Indian journal of veterinary science and animal husbandry - Volume 7,
Year: 1937
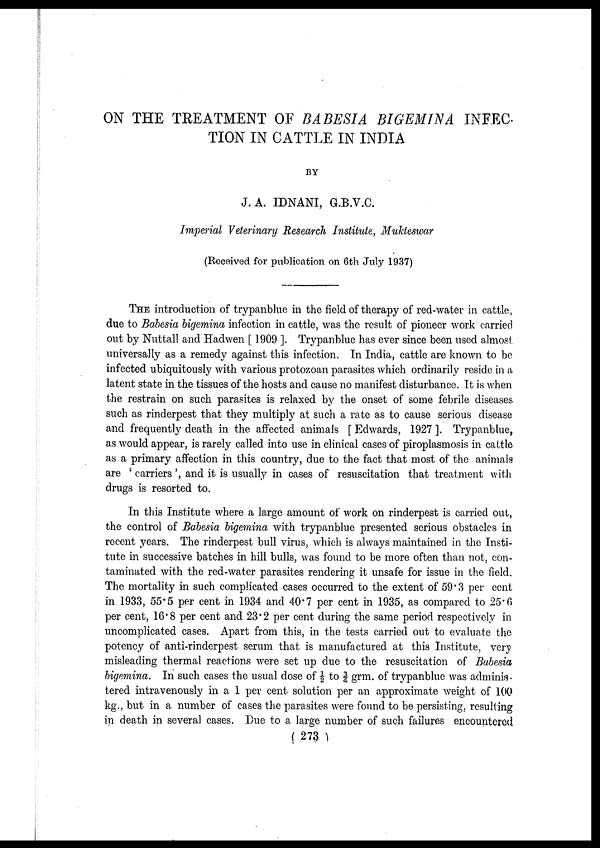
ON THE TREATMENT OF BABESIA BIGEMINA INFEC-
TION IN CATTLE IN INDIA
BY
J. A. IDNANI, G.B.V.C.
Imperial Veterinary Research Institute, Mukteswar
(Received for publication on 6th July 1937)
THE introduction of trypanblue in the field of therapy of red-water in cattle,
due to Babesia bigemina infection in cattle, was the result of pioneer work carried
out by Nuttall and Hadwen [ 1909 ]. Trypanblue has ever since been used almost
universally as a remedy against this infection. In India, cattle are known to be
infected ubiquitously with various protozoan parasites which ordinarily reside in a
latent state in the tissues of the hosts and cause no manifest disturbance. It is when
the restrain on such parasites is relaxed by the onset of some febrile diseases
such as rinderpest that they multiply at such a rate as to cause serious disease
and frequently death in the affected animals [ Edwards, 1927 ]. Trypanblue,
as would appear, is rarely called into use in clinical cases of piroplasmosis in cattle
as a primary affection in this country, due to the fact that most of the animals
are ' carriers ', and it is usually in cases of resuscitation that treatment with
drugs is resorted to.
In this Institute where a large amount of work on rinderpest is carried out,
the control of Babesia bigemina with trypanblue presented serious obstacles in
recent years. The rinderpest bull virus, which is always maintained in the Insti-
tute in successive batches in hill bulls, was found to be more often than not, con-
taminated with the red-water parasites rendering it unsafe for issue in the field.
The mortality in such complicated cases occurred to the extent of 59.3 per cent
in 1933, 55.5 per cent in 1934 and 40.7 per cent in 1935, as compared to 25.6
per cent, 16.8 per cent and 23.2 per cent during the same period respectively in
uncomplicated cases. Apart from this, in the tests carried out to evaluate the
potency of anti-rinderpest serum that is manufactured at this Institute, very
misleading thermal reactions were set up due to the resuscitation of Babesia
bigemina. In such cases the usual dose of ½ to ¾ grm. of trypanblue was adminis-
tered intravenously in a 1 per cent solution per an approximate weight of 100
kg., but in a number of cases the parasites were found to be persisting, resulting
in death in several cases. Due to a large number of such failures encountered
( 273 )